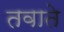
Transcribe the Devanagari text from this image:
तवाते